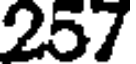
257